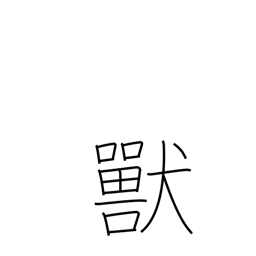
Meaning: bestial